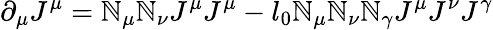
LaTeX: \partial_{\mu}J^{\mu}=\mathbb{N}_{\mu}\mathbb{N}_{\nu}J^{\mu}J^{\mu}-l_{0}\mathbb{N}_{\mu}\mathbb{N}_{\nu}\mathbb{N}_{\gamma}J^{\mu}J^{\nu}J^{\gamma}